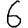
Digit: 6